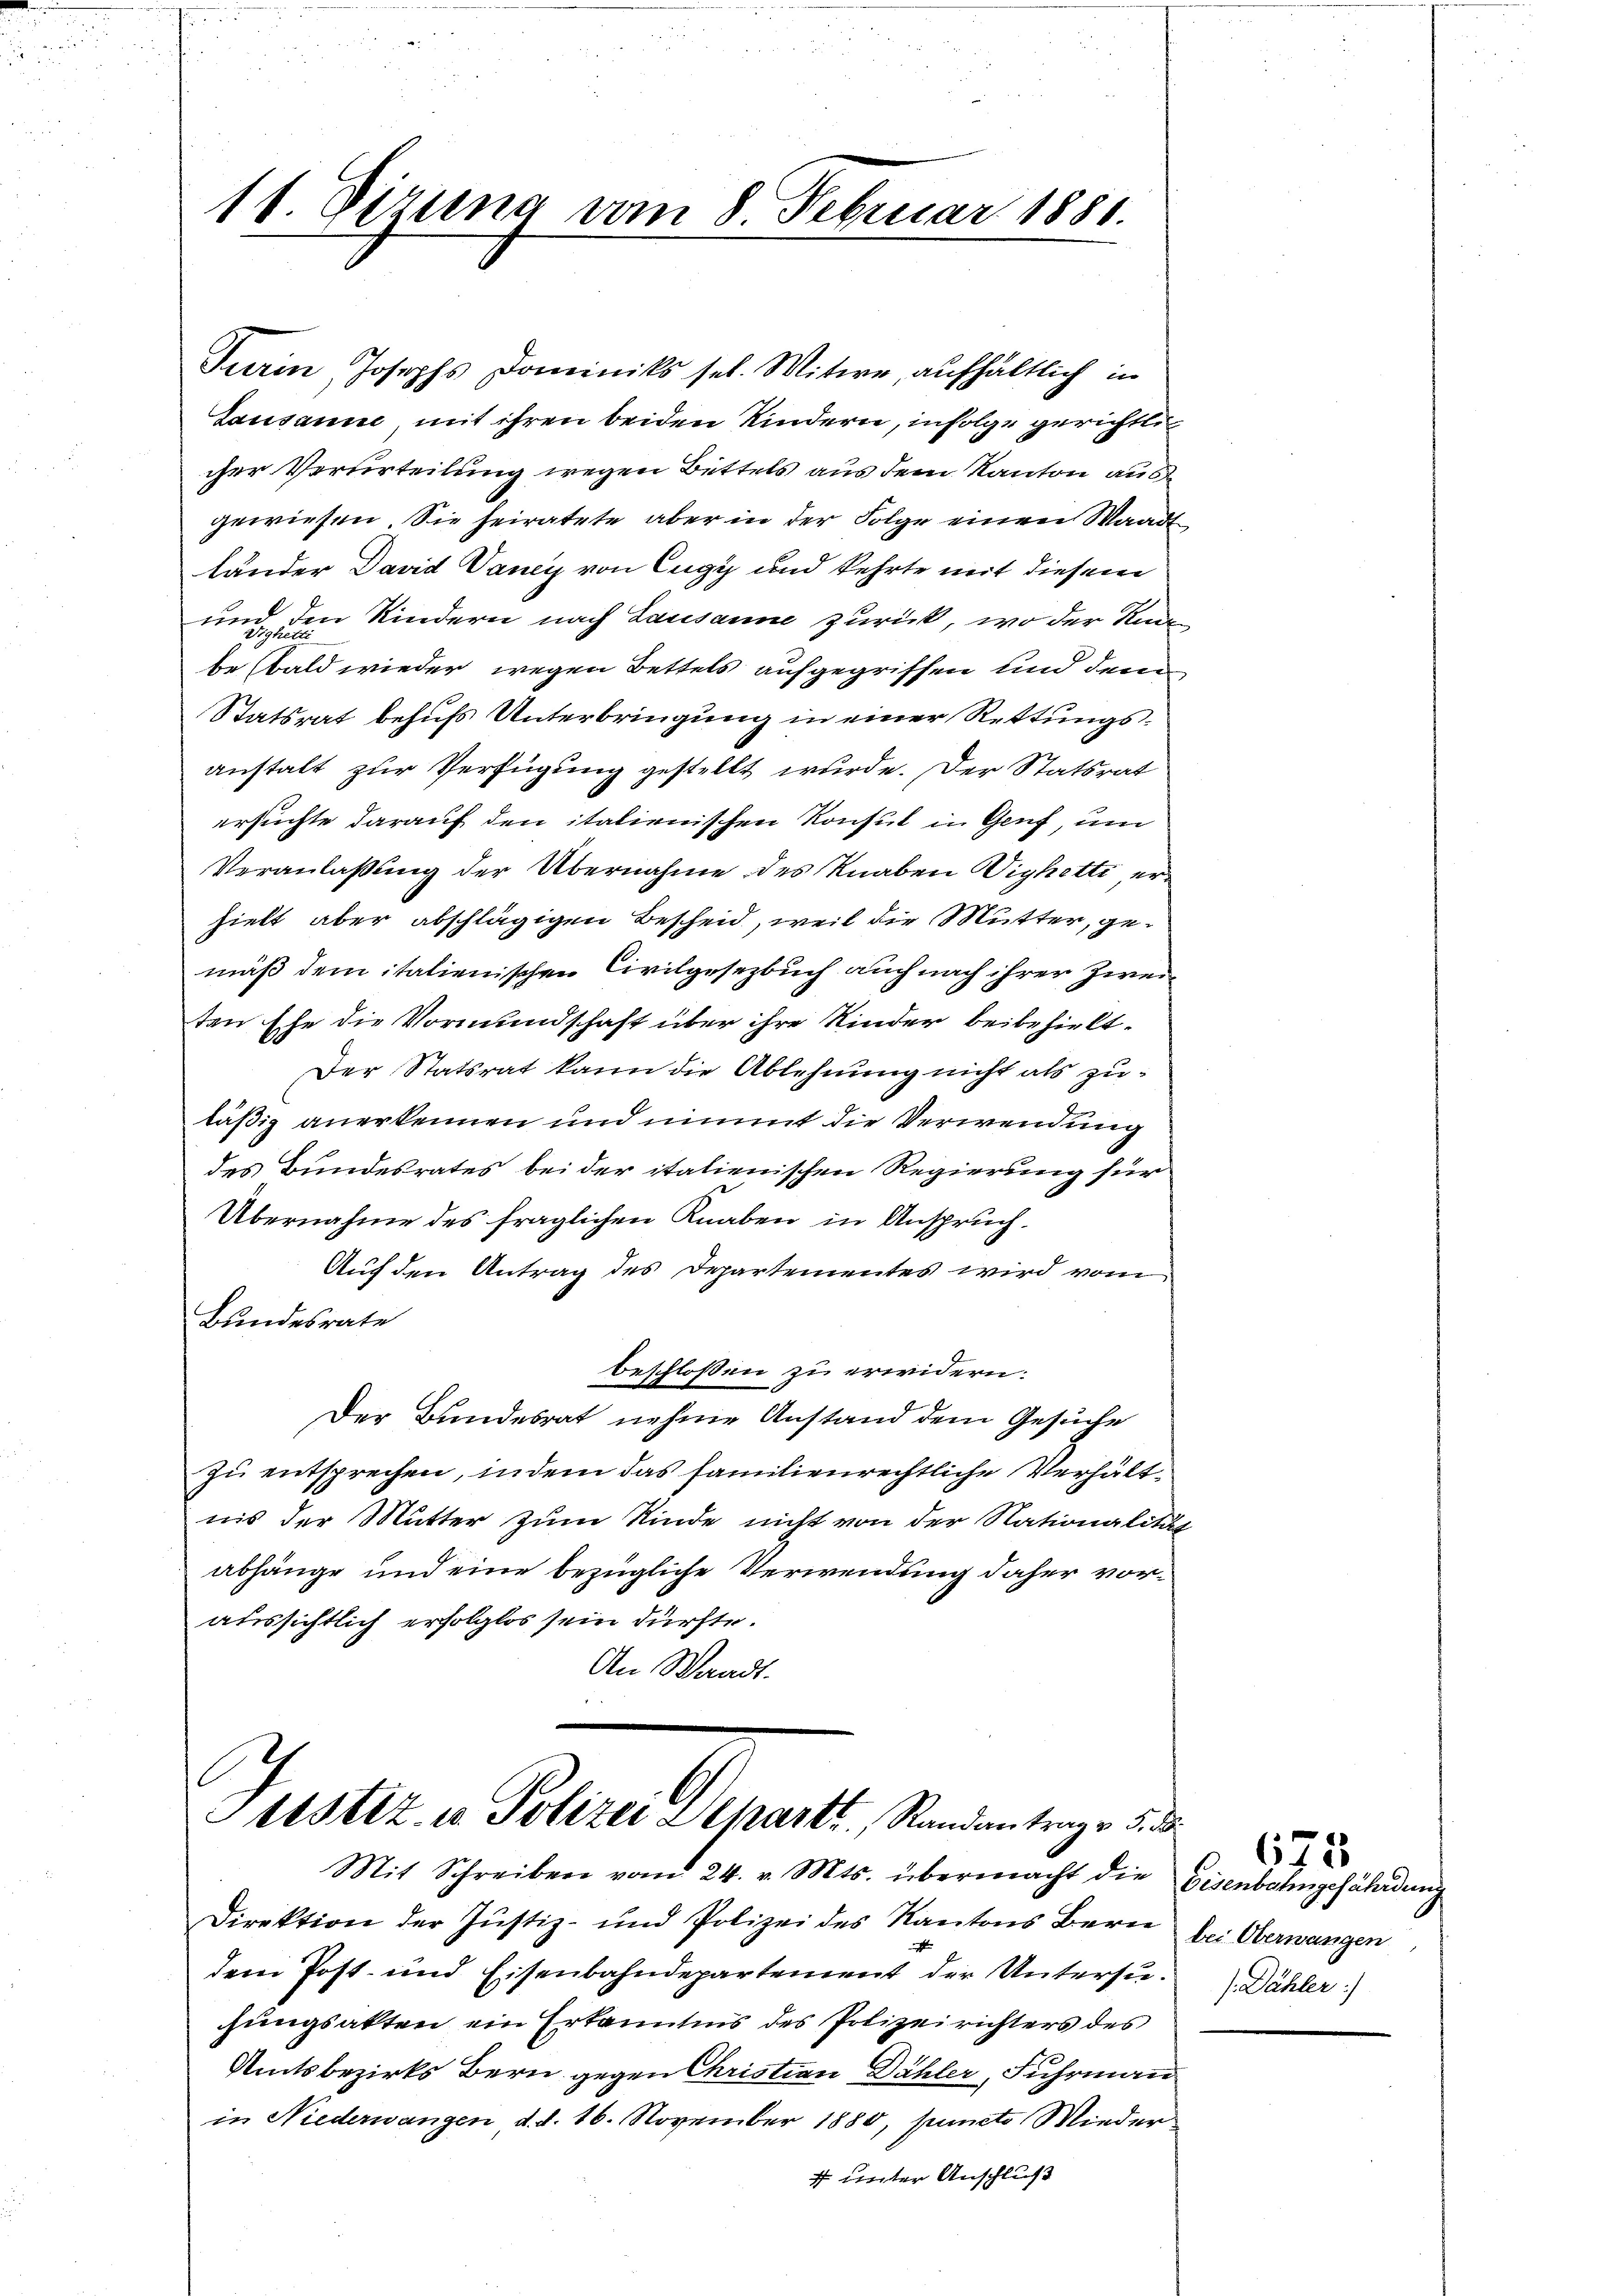
11. Dizung vom 8. Februar 1881.

Turin Josephs Dominiks sel. Witwe, aufhältlich in
Gausanne, mit ihren beiden Kindern, infolge gerichts
cher Verurteilung wegen Bettels aus dem Kanton ausgewiesen. Sie heiratete aber in der Folge einen Waadt
länder David Vaney von Eugy und kehrte mit diesem
und den Kindern nach Lausanne zurück, wo der Kanbe bald wieder wegen Bettels aufgegriffen und dem
Statsrat behufs Unterbringung in einer Rettungsanstalt zur Verfügung gestellt wurde. Der Statsrat
ersuchte darauf den italienischen Konsul in Genf, um
Veranlaßung der Übernahme des Knaben Wighetti erhielt aber abschlägigen Bescheid, weil die Mutter, gemäß dem italienischen Civilgesetzbuch auch nach ihrer Zweiten Ehe die Vormundschaft über ihre Kinder beibehielt.
Der Statsrat kann die Ablehnung nicht als zuläßig anerkennen und nimmt die Verwendung
des Bundesrates bei der italienischen Regierung für
Übernahme des fraglichen Knaben in Anspruch.
Auch den Antrag des Departementes wird vom
Bundesrate
beschlossen zu erwidern.
Der Bundesrat nehme Anstand dem Gesuche
zu entsprechen, indem das familienrechtliche Verhältnis der Mutter zum Kinde nicht von der Nationalität
abhänge und eine bezügliche Verwendung daher voraussichtlich erfolglos sein dürfte.
An Waadt.

testiz u. Polizei Departi, Randantrag v. 5. d
Mit Schreiben vom 24. v. Mts. übermacht die

Direktion der Justiz- und Polizei des Kantons Bern
x
dem Post- und Eisenbahndepartement der Untersuhungsakten ein Erkanntnis des Polizeirichters des
Amtsbezirks Bern gegen Christian Dähler, Fuhrmann
in Niederwangen d. d. 16. November 1880, puncto Wieder
4 unter Anschluß

675
Eisenbahngefährdung
bei Oberwangen
J. Dähler :/